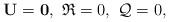
LaTeX: \begin{align*}\mathbf{U}=\mathbf{0},\,\, \mathfrak{R}=0,\,\,\mathcal{Q}=0,\end{align*}